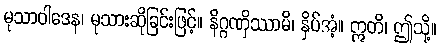
မုသာဝါဒေန၊ မုသားဆိုခြင်းဖြင့်။ နိဂ္ဂဏှိဿာမိ၊ နှိပ်အံ့။ ဣတိ၊ ဤသို့။